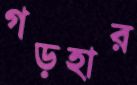
গড়হার